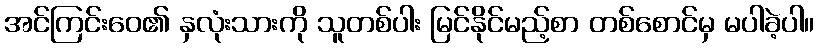
အင်ကြင်းဝေ၏ နှလုံးသားကို သူတစ်ပါး မြင်နိုင်မည့်စာ တစ်စောင်မှ မပါခဲ့ပါ။